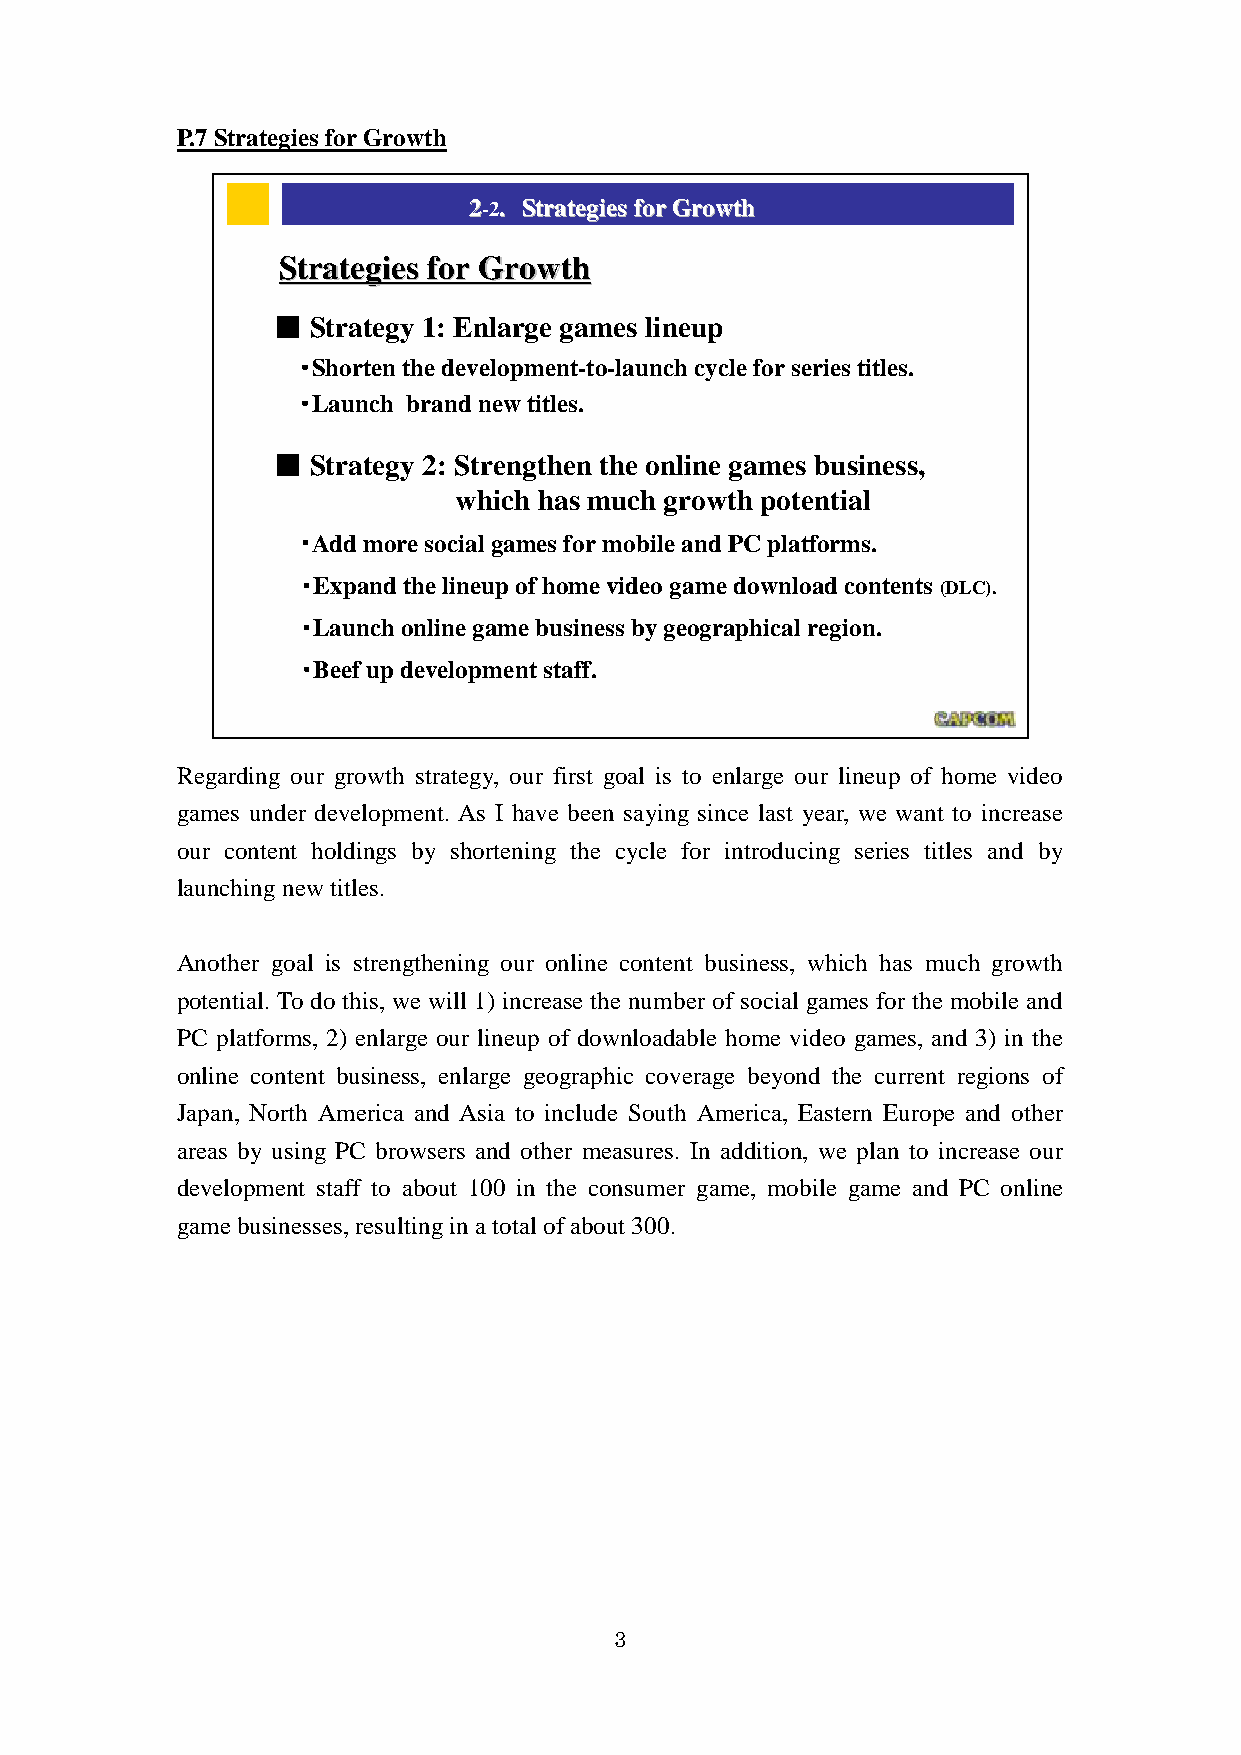
P.7 Strategies for Growth
 22--22.. SSttrraatteeggiieess ffoorr GGrroowwtthh
 SSttrraatteeggiieess ffoorr GGrroowwtthh
 ■  Strategy 1: Enlarge games lineup
 ・Shorten the development-to-launch cycle for series titles.
 ・Launch brand new titles.
 ■  Strategy 2: Strengthen the online games business,
 which has much growth potential
 ・Add more social games for mobile and PC platforms.
 ・Expand the lineup of home video game download contents (DLC).
 ・Launch online game business by geographical region.
 ・Beef up development staff.
 77
 Capcom Public Relations & Investor Relations Section
 Regarding our growth strategy, our first goal is to enlarge our lineup of home video
 games under development. As I have been saying since last year, we want to increase
 our content holdings by shortening the cycle for introducing series titles and by
 launching new titles.
 Another goal is strengthening our online content business, which has much growth
 potential. To do this, we will 1) increase the number of social games for the mobile and
 PC platforms, 2) enlarge our lineup of downloadable home video games, and 3) in the
 online content business, enlarge geographic coverage beyond the current regions of
 Japan, North America and Asia to include South America, Eastern Europe and other
 areas by using PC browsers and other measures. In addition, we plan to increase our
 development staff to about 100 in the consumer game, mobile game and PC online
 game businesses, resulting in a total of about 300.
 3